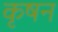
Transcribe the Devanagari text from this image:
कृषन